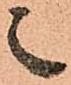
之